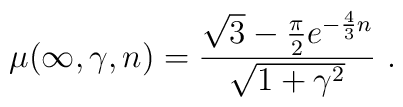
\mu(\infty,\gamma,n)=\frac{\sqrt{3}-\frac{\pi}{2} e^{-\frac{4}{3}n}}            {\sqrt{1+\gamma^2}}\ .